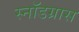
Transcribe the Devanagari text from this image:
स्नॉडग्रास